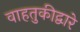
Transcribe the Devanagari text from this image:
वाहतुकीद्वारे